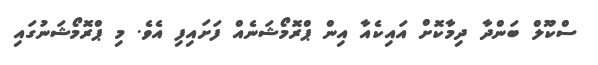
ސްކޫލް ބަންދާ ދިމާކޮށް އައިކެއާ އިން ޕްރޮމޯޝަނެއް ފަށައިފި އެވެ. މި ޕްރޮމޯޝަނުގައި